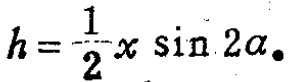
\(h = \frac{1}{2}x\sin 2\alpha_{\bullet}\)